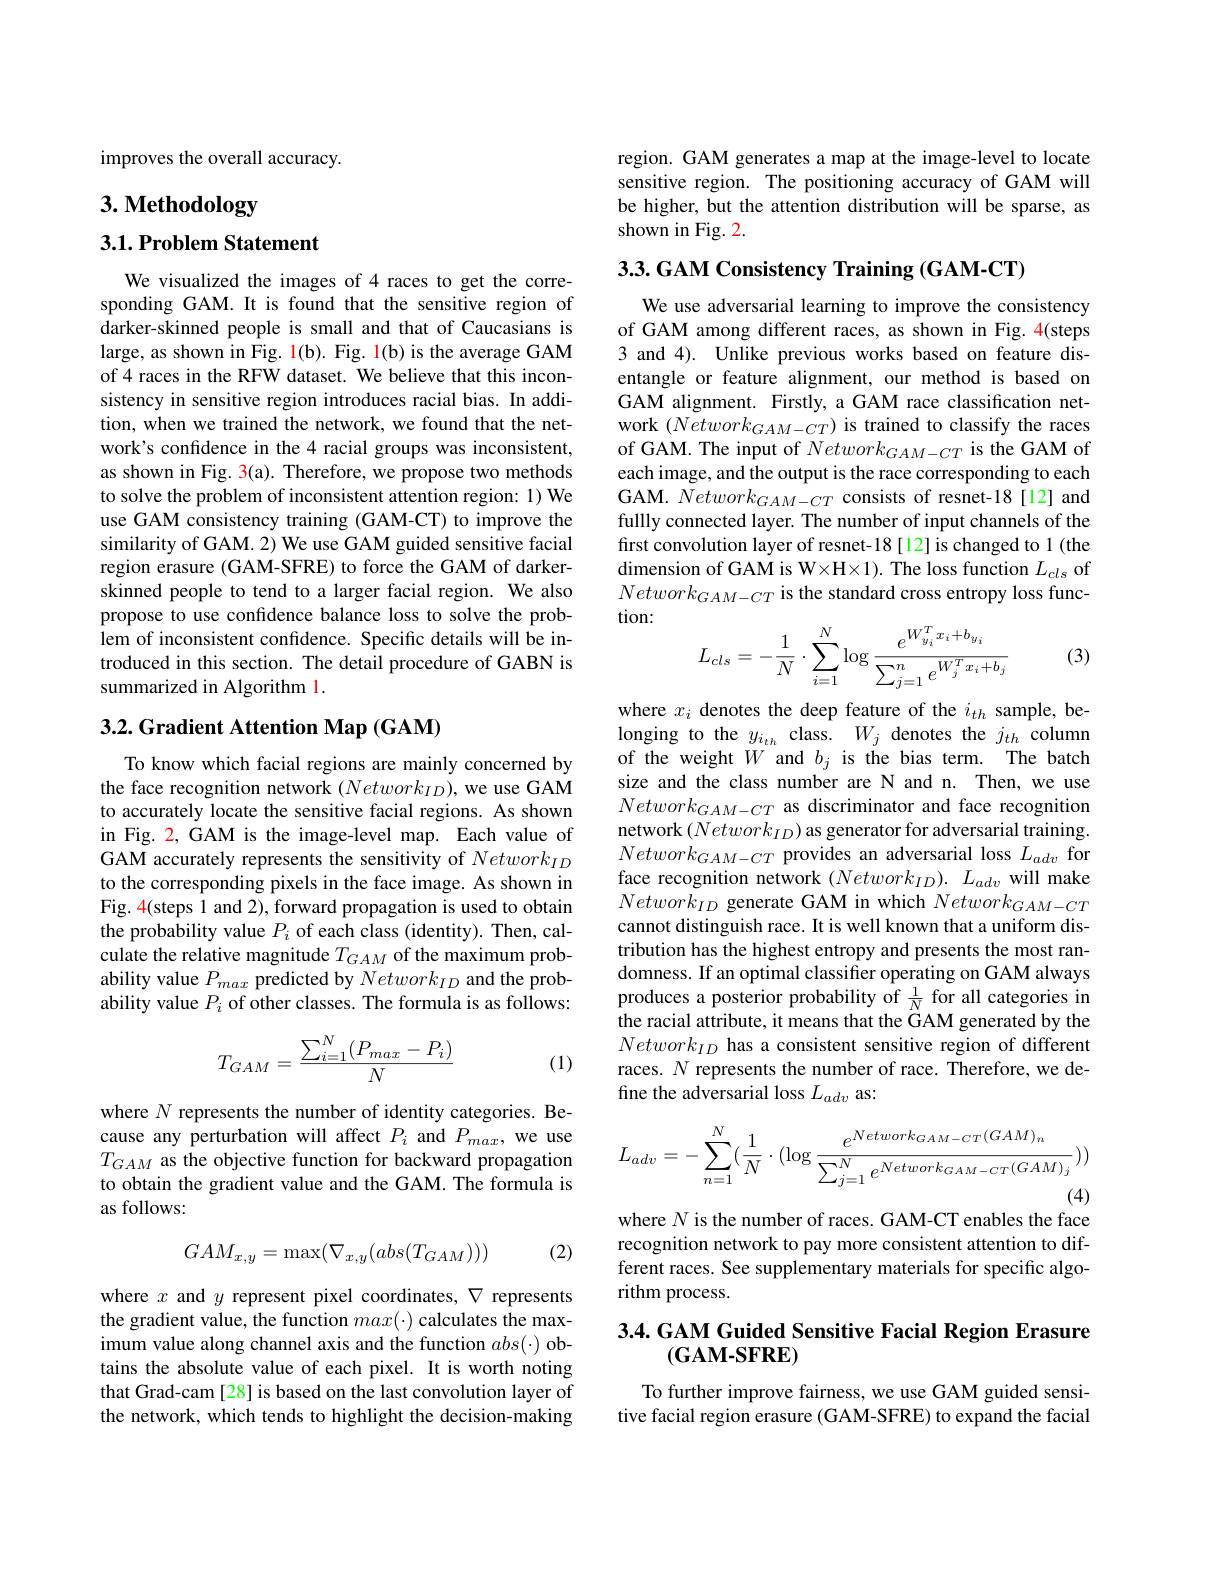
improves the overall accuracy.

# 3. Methodology

## 3.1. Problem Statement

We visualized the images of 4 races to get the corresponding GAM. It is found that the sensitive region of darker-skinned people is small and that of Caucasians is large, as shown in Fig. 1(b). Fig. 1(b) is the average GAM of4 races in the RFW dataset. We believe that this inconsistency in sensitive region introduces racial bias. In addition, when we trained the network, we found that the network's confidence in the 4 racial groups was inconsistent, as shown in Fig. 3(a). Therefore, we propose two methods to solve the problem of inconsistent attention region: 1) We use GAM consistency training (GAM-CT) to improve the similarity of GAM. 2) We use GAM guided sensitive facial region erasure (GAM-SFRE) to force the GAM of darkerskinned people to tend to a larger facial region. We also propose to use confidence balance loss to solve the problem of inconsistent confidence. Specific details will be introduced in this section. The detail procedure of GABN is summarized in Algorithm 1.

## 3.2. Gradient Attention Map (GAM)

To know which facial regions are mainly concerned by the face recognition network $(Network_{ID})$, we use GAM to accurately locate the sensitive facial regions. As shown in Fig. 2, GAM is the image-level map. Each value of GAM accurately represents the sensitivity of $Network_{ID}$ to the corresponding pixels in the face image. As shown in Fig. 4(steps 1 and 2), forward propagation is used to obtain the probability value $P_i$ of each class (identity). Then, calculate the relative magnitude $T_GAM$ of the maximum probability value $P_max$ predicted by $Network_{ID}$ and the probability value $P_i$ of other classes. The formula is as follows:
$$T_{GAM}=\frac{\sum_{i=1}^N(P_{max}-P_i)}{N}$$
(1)

where $N$ represents the number of identity categories. Because any perturbation will affect $P_i$ and $P_{max}$, we use $T_{GAM}$ as the objective function for backward propagation to obtain the gradient value and the GAM. The formula is as follows:

(2)
$$GAM_{x,y}=\max(\nabla_{x,y}(abs(T_{GAM})))$$
where $x$ and $y$ represent pixel coordinates, $\nabla$ represents the gradient value, the function $max(\cdot)$ calculates the maximum value along channel axis and the function $abs(\cdot)$ obtains the absolute value of each pixel. It is worth noting that Grad-cam [28] is based on the last convolution layer of the network, which tends to highlight the decision-making

region. GAM generates a map at the image-level to locate sensitive region. The positioning accuracy of GAM will be higher, but the attention distribution will be sparse, as shown in Fig. 2.

3.3.GAM Consistency Training (GAM-CT)

We use adversarial learning to improve the consistency of GAM among different races, as shown in Fig.4(steps 3 and 4). Unlike previous works based on feature disentangle or feature alignment, our method is based on GAM alignment. Firstly, a GAM race classification network $(Network_{GAM-CT})$ is trained to classify the races of GAM. The input of $Network_{GAM-CT}$ is the GAM of each image, and the output is the race corresponding to each GAM. $Network_{GAM-CT}$ consists of resnet-18[12] and fullly connected layer. The number of input channels of the first convolution layer of resnet-18[12] is changed to 1 (the dimension of GAM is W×H×1). The loss function $L_cls$ of $Network_{GAM-CT}$ is the standard cross entropy loss function:
$$\begin{aligned}L_{cls}&=-\frac{1}{N}\cdot\sum_{i=1}^{N}\log\frac{e^{W_{y_i}^Tx_i+b_{y_i}}}{\sum_{j=1}^{n}e^{W_j^Tx_i+b_j}}\end{aligned}$$
(3)

where $x_i$ denotes the deep feature of the $i_th$ sample, belonging to the $y_{i_{th}}$ class. $W_j$ denotes the $j_th$ column of the weight $W$ and $b_j$ is the bias term. The batch size and the class number are N and n. Then, we use $Network_{GAM-CT}$ as discriminator and face recognition network $(Network_{ID})$ as generator for adversarial training. $Network_{GAM-CT}$ provides an adversarial loss $L_adv$ for face recognition network $(Network_{ID}).$ $L_adv$ will make $Network_{ID}$ generate GAM in which $Network_{GAM-CT}$ cannot distinguish race. It is well known that a uniform distribution has the highest entropy and presents the most randomness. If an optimal classifier operating on GAM always produces a posterior probability of $\frac1N$ for all categories in the racial attribute, it means that the GAM generated by the $Network_{ID}$ has a consistent sensitive region of different races. $N$ represents the number of race. Therefore, we define the adversarial loss $L_{adv}$ as:
$$L_{adv}=-\sum_{n=1}^{N}(\frac{1}{N}\cdot(\log\frac{e^{Network_{GAM-CT}(GAM)_{n}}}{\sum_{j=1}^{N}e^{Network_{GAM-CT}(GAM)_{j}}}))$$
where $N$ is the number of races. GAM-CT enables the face

recognition network to pay more consistent attention to different races. See supplementary materials for specific algorithm process.

## 3.4. GAM Guided Sensitive Facial Region Erasure $(\mathbf{GAM-SFRE})$

To further improve fairness, we use GAM guided sensitive facial region erasure (GAM-SFRE) to expand the facial